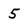
Character: 5